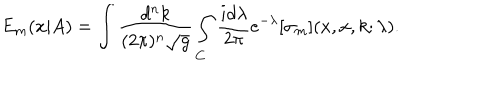
E _ { m } ( x | A ) = \int \frac { d ^ { n } k } { ( 2 \pi ) ^ { n } \sqrt { g } } \int _ { C } \frac { i d \lambda } { 2 \pi } e ^ { - \lambda } [ \sigma _ { m } ] ( x , x , k ; \lambda ) .